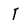
Character: 1